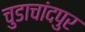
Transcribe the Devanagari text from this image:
चुडाचांदपुर